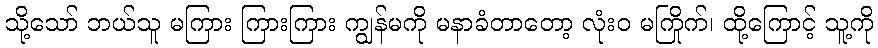
သို့သော် ဘယ်သူ မကြား ကြားကြား ကျွန်မကို မနာခံတာတော့ လုံးဝ မကြိုက်၊ ထို့ကြောင့် သူ့ကို